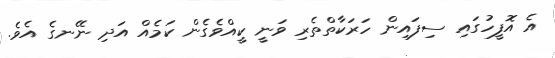
އެ އޮފީހުގައި ސިފައިން ހަރަކާތްތެރި ވަނީ ކީއްވެގެން ކަމެއް އަދި ނޭނގެ އެވެ.